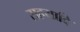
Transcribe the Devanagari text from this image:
सहयादि